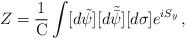
LaTeX: \begin{align*}Z = \frac{1}{\mbox{C}}\int[d\tilde{\psi}][d\tilde{\bar{\psi}}][d\sigma] e^{iS_{y}}\, ,\end{align*}